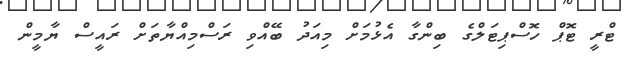
ޓްރީ ޓޮޕް ހޮސްޕިޓަލްގެ ބިންގާ އެޅުމަށް މިއަދު ބޭއްވި ރަސްމިއްޔާތަށް ރައީސް ޔާމީން